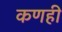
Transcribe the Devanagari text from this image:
कणही